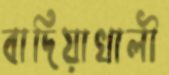
বাদিয়াখালী